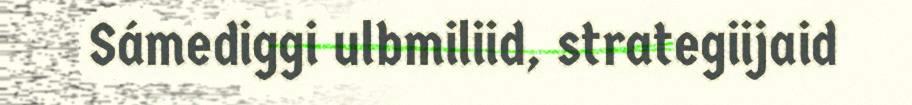
Sámediggi ulbmiliid, strategiijaid